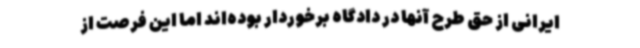
ایرانی از حق طرح آنها در دادگاه برخوردار بوده‌اند اما این فرصت از